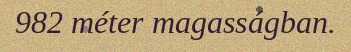
982 méter magasságban.